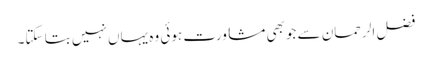
فضل الرحمان سے جوبھی مشاورت ہوئی وہ یہاں نہیں بتا سکتا۔